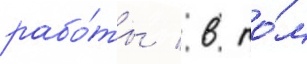
рабо́ты / в то́м